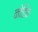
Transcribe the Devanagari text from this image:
कोडिंन